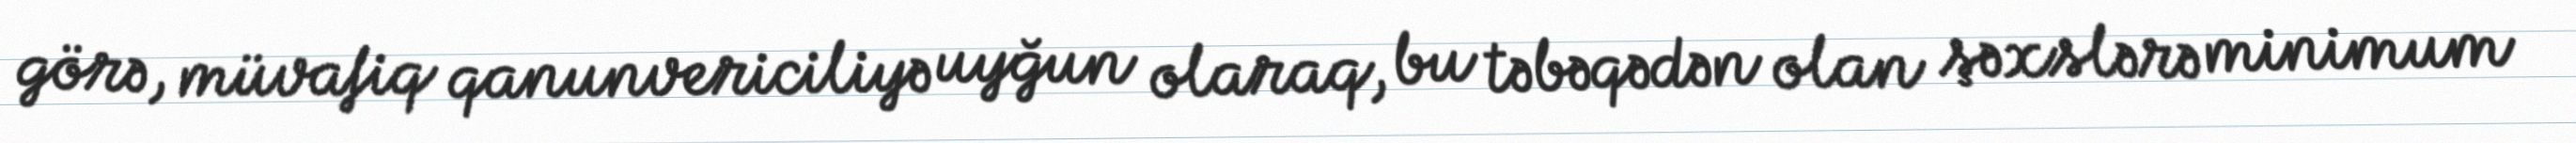
görə, müvafiq qanunvericiliyə uyğun olaraq, bu təbəqədən olan şəxslərə minimum